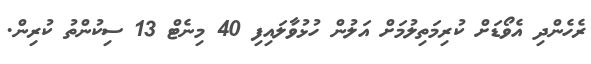
ރެހެންދި އެވޯޑަށް ކުރިމަތިލުމަށް އަލުން ހުޅުވާލައިފި 40 މިނެޓް 13 ސިކުންތު ކުރިން.